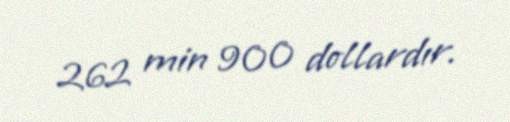
262 min 900 dollardır.